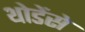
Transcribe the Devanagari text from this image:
थोडेंसे